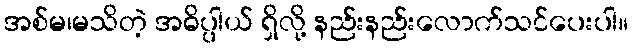
အစ်မ၊မသိတဲ့ အဓိပ္ပါယ် ရှိလို့ နည်းနည်းလောက်သင်ပေးပါ။